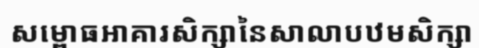
សម្ពោធអាគារសិក្សានៃសាលាបឋមសិក្សា